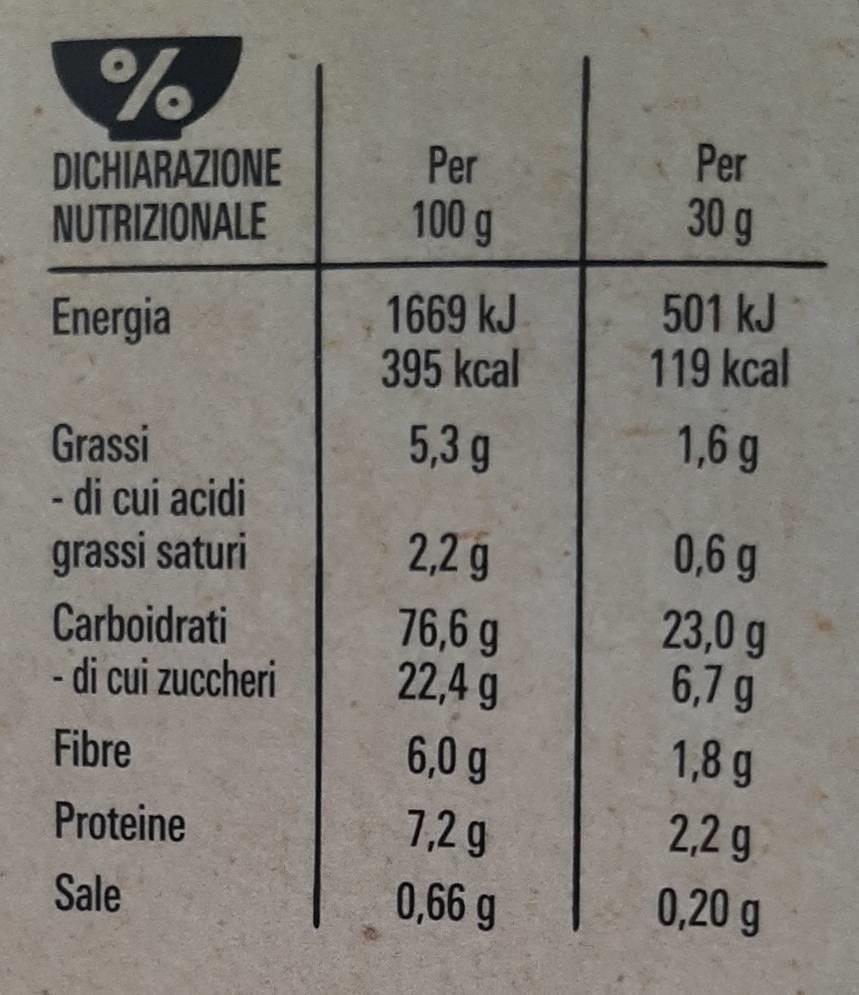
%
DICHIARAZIONE
NUTRIZIONALE
Energia
Grassi - di cui acidi
grassi saturi
Carboidrati
- di cui zuccheri
Fibre
Proteine
Sale
Per
100 g
1669 kJ
395 kcal
5,3 g
2,2 g
76,6 g
22,4 g
6,0 g
7,2 g
0,66 g
Per
30 g
501 kJ
119 kcal
1,6 g
0,6 g
23,0 g
6,7 g
1,8 g
2,2 g
0,20 g